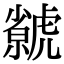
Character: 𧈅